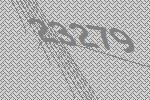
23279